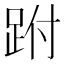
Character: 跗